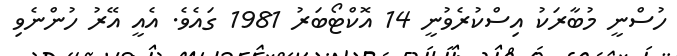
ހުސްނީ މުބާރަކު އިސްކުރެވުނީ 14 އޮކްޓޯބަރު 1981 ގައެވެ. އެއީ އޭރު ހުންނެވި